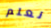
نعلم